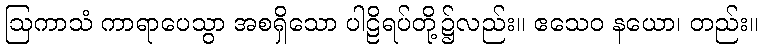
ဩကာသံ ကာရာပေသွာ အစရှိသော ပါဠိရပ်တို့၌လည်း။ ဧသေဝ နယော၊ တည်း။